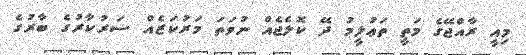
މިއީ ރާއްޖޭގެ މަތީ ތަޢުލީމު ދޭ ކޮލެޖެއް ނުވަތަ މަރުކަޒެއް ސަރުކާރުގެ ބާރުގެ